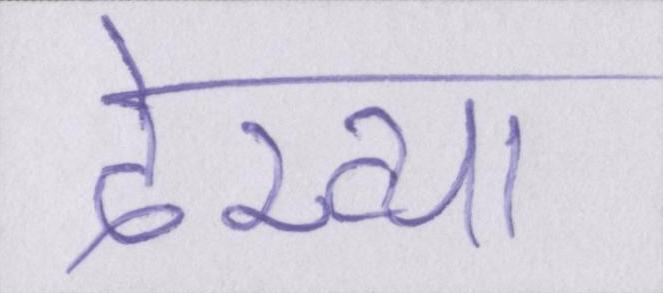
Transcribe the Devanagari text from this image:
देख्या